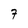
Character: 7